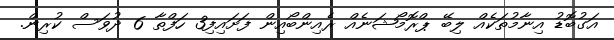
އަގުބޮޑު އިނާމުތަކެއް ލިބޭ ޕްރޮމޯޝަނެއް ރެއިންބޯއިން ފަށައިފި3 ހަފްތާ 6 ދުވަސް ކުރިން.